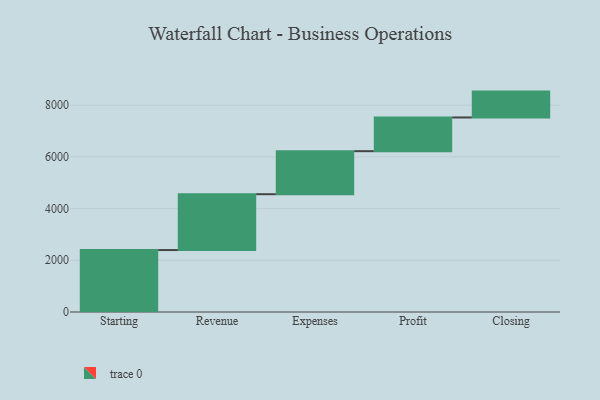
{"axis": {"x": "Step", "y": "Value"}, "legend": [""], "data": [{"x": "Starting", "y": 2396.0, "type": ""}, {"x": "Revenue", "y": 2160.0, "type": ""}, {"x": "Expenses", "y": 1664.0, "type": ""}, {"x": "Profit", "y": 1304.0, "type": ""}, {"x": "Closing", "y": 1000, "type": ""}]}